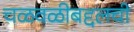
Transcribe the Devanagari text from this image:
चळवळीबद्दलची